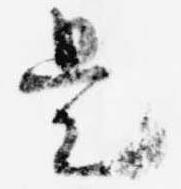
是